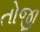
તોજી